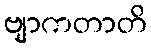
ဗျာကတာတိ